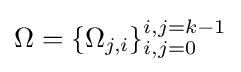
\Omega =\{\Omega _{j,i}\}_{i,j=0}^{i,j=k-1}